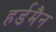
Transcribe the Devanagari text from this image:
हर्डमैन